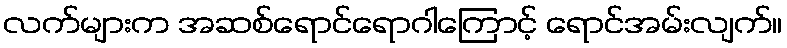
လက်များက အဆစ်ရောင်ရောဂါကြောင့် ရောင်အမ်းလျက်။